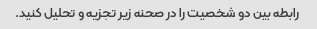
رابطه بین دو شخصیت را در صحنه زیر تجزیه و تحلیل کنید.